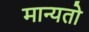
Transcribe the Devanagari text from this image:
मान्यतो